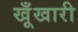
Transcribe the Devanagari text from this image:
खूँखारी